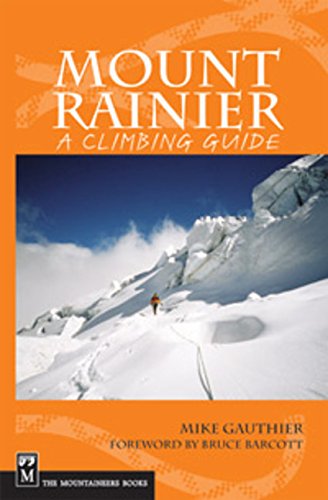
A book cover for Mount Rainier: A Climbing Guide (A Climbing Guide) 2nd Edition; Mike Gauthier; Sports & Outdoors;